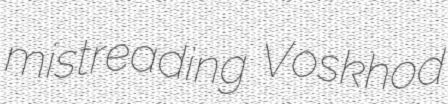
mistreading Voskhod